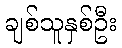
ချစ်သူနှစ်ဦး